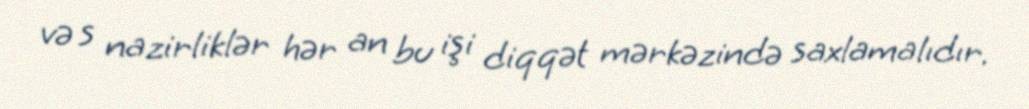
və s nazirliklər hər an bu işi diqqət mərkəzində saxlamalıdır.